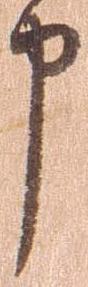
申